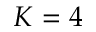
K = 4